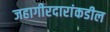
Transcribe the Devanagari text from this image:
जहागीरदारांकडील